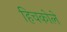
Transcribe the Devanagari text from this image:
हिचकोले